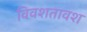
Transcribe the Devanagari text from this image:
विवशतावश